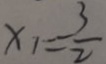
x _ { 1 } = - \frac { 3 } { 2 }